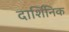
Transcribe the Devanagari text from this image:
दार्शिनिक